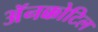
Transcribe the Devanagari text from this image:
अॅनक्कोटिल